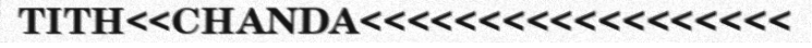
TITH<<CHANDA<<<<<<<<<<<<<<<<<<